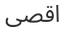
اقصى